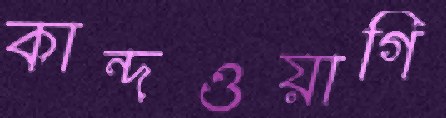
কান্দওয়াগি